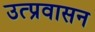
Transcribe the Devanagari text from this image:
उत्प्रवासन